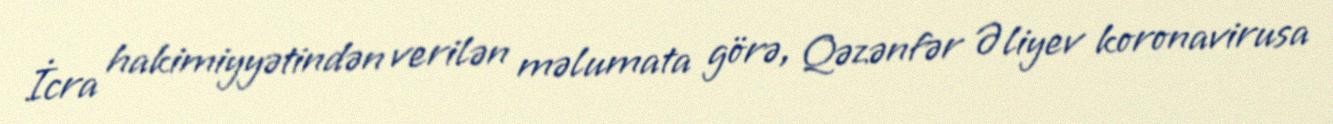
İcra hakimiyyətindən verilən məlumata görə, Qəzənfər Əliyev koronavirusa